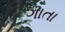
ગાતા